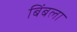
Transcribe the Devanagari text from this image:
बिंबला